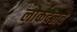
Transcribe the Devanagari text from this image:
लोकदलचे